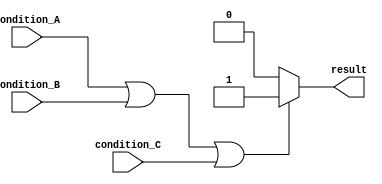
module if_else_logical_or (
    input condition_A,
    input condition_B,
    input condition_C,
    output reg result
);

always @* begin
    if (condition_A || condition_B || condition_C) begin
        // If any one of the conditions is true
        result = 1; // set result to 1
    end else begin
        // If none of the conditions are true
        result = 0; // set result to 0
    end
end

endmodule